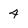
Character: 4